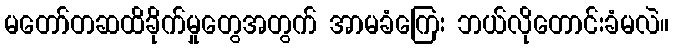
မတော်တဆထိခိုက်မှုတွေအတွက် အာမခံကြေး ဘယ်လိုတောင်းခံမလဲ။